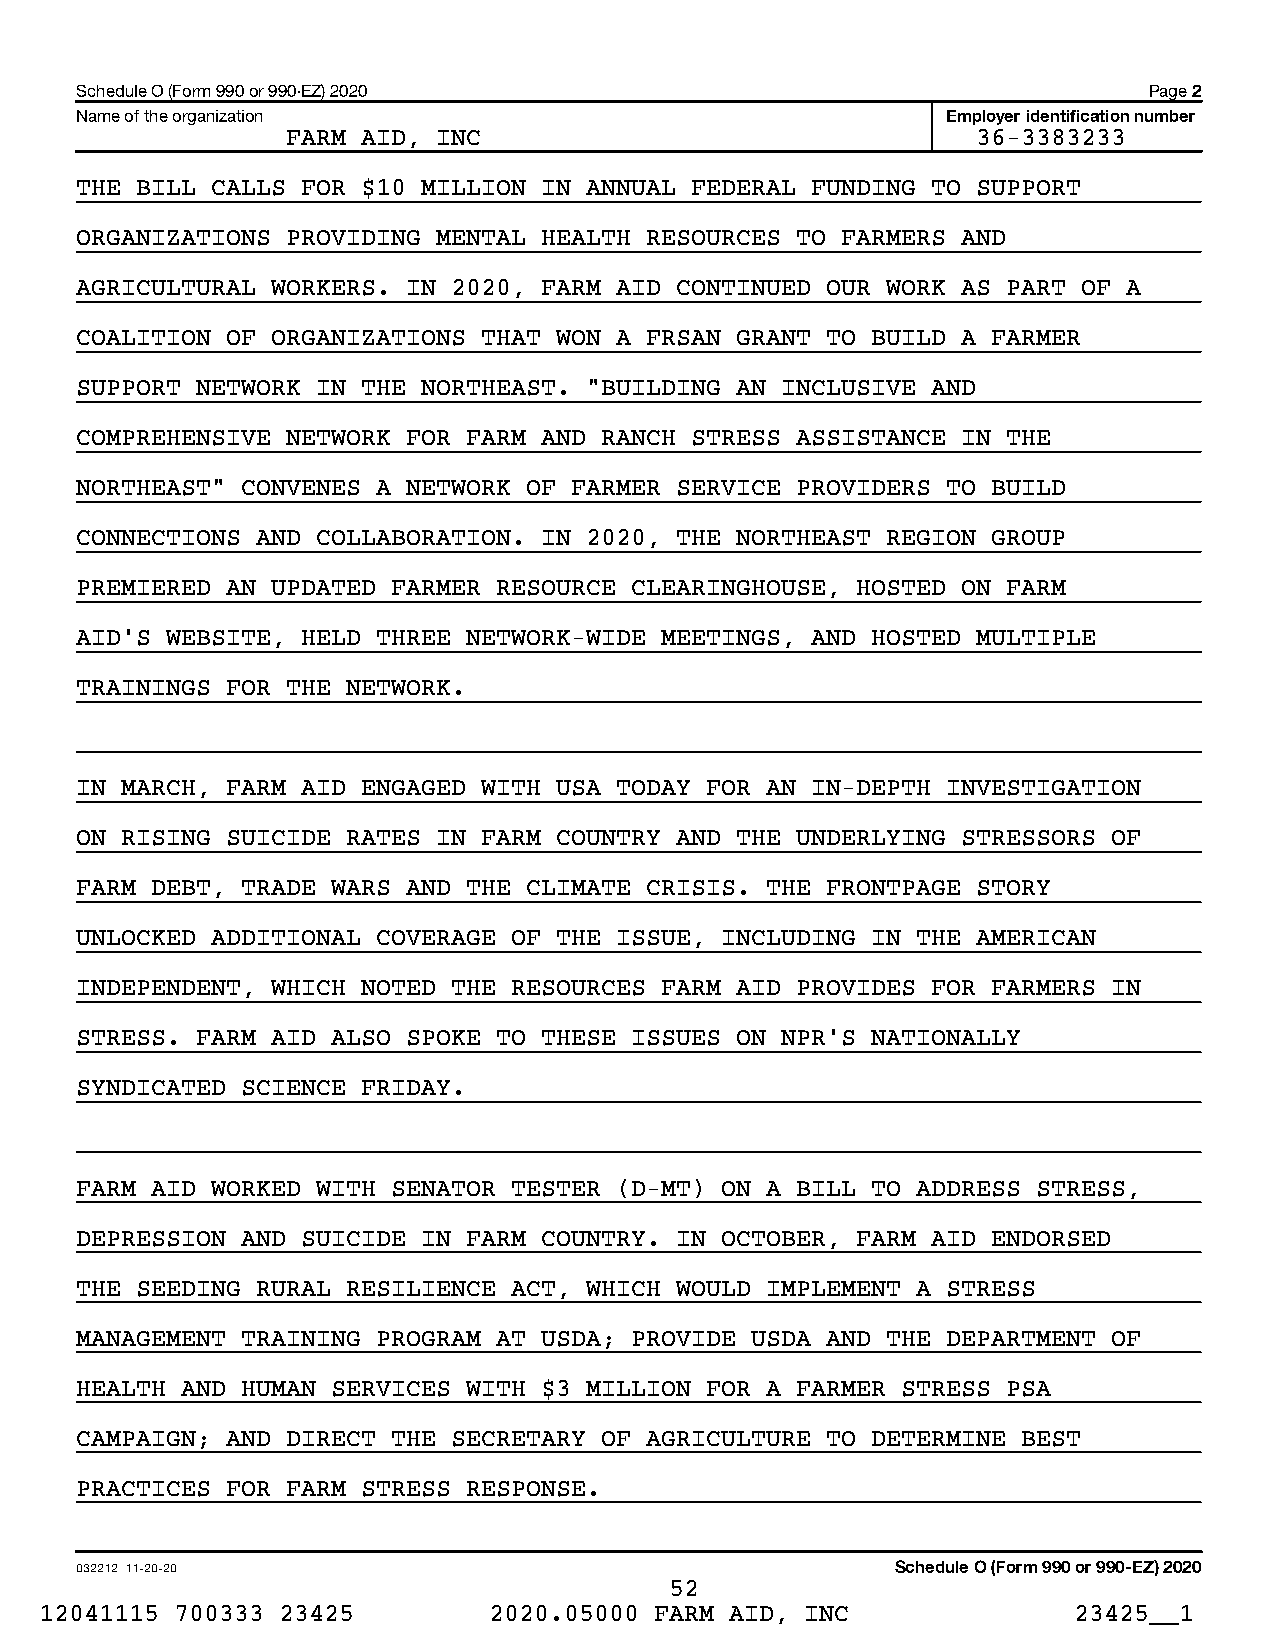
Schedule O (Form 990 or 990-EZ) 2020                                   Page 2
 Name of the organization                                  Employer identification number
 FARM AID, INC                                 36-3383233
 THE BILL CALLS FOR $10 MILLION IN ANNUAL FEDERAL FUNDING TO SUPPORT
 ORGANIZATIONS PROVIDING MENTAL HEALTH RESOURCES TO FARMERS AND
 AGRICULTURAL WORKERS. IN 2020, FARM AID CONTINUED OUR WORK AS PART OF A
 COALITION OF ORGANIZATIONS THAT WON A FRSAN GRANT TO BUILD A FARMER
 SUPPORT NETWORK IN THE NORTHEAST. "BUILDING AN INCLUSIVE AND
 COMPREHENSIVE NETWORK FOR FARM AND RANCH STRESS ASSISTANCE IN THE
 NORTHEAST" CONVENES A NETWORK OF FARMER SERVICE PROVIDERS TO BUILD
 CONNECTIONS AND COLLABORATION. IN 2020, THE NORTHEAST REGION GROUP
 PREMIERED AN UPDATED FARMER RESOURCE CLEARINGHOUSE, HOSTED ON FARM
 AID’S WEBSITE, HELD THREE NETWORK-WIDE MEETINGS, AND HOSTED MULTIPLE
 TRAININGS FOR THE NETWORK.
 IN MARCH, FARM AID ENGAGED WITH USA TODAY FOR AN IN-DEPTH INVESTIGATION
 ON RISING SUICIDE RATES IN FARM COUNTRY AND THE UNDERLYING STRESSORS OF
 FARM DEBT, TRADE WARS AND THE CLIMATE CRISIS. THE FRONTPAGE STORY
 UNLOCKED ADDITIONAL COVERAGE OF THE ISSUE, INCLUDING IN THE AMERICAN
 INDEPENDENT, WHICH NOTED THE RESOURCES FARM AID PROVIDES FOR FARMERS IN
 STRESS. FARM AID ALSO SPOKE TO THESE ISSUES ON NPR’S NATIONALLY
 SYNDICATED SCIENCE FRIDAY.
 FARM AID WORKED WITH SENATOR TESTER (D-MT) ON A BILL TO ADDRESS STRESS,
 DEPRESSION AND SUICIDE IN FARM COUNTRY. IN OCTOBER, FARM AID ENDORSED
 THE SEEDING RURAL RESILIENCE ACT, WHICH WOULD IMPLEMENT A STRESS
 MANAGEMENT TRAINING PROGRAM AT USDA; PROVIDE USDA AND THE DEPARTMENT OF
 HEALTH AND HUMAN SERVICES WITH $3 MILLION FOR A FARMER STRESS PSA
 CAMPAIGN; AND DIRECT THE SECRETARY OF AGRICULTURE TO DETERMINE BEST
 PRACTICES FOR FARM STRESS RESPONSE.
 032212 11-20-20                                       Schedule O (Form 990 or 990-EZ) 2020
 52
 12041115 700333 23425        2020.05000 FARM AID, INC               23425__1